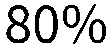
80%